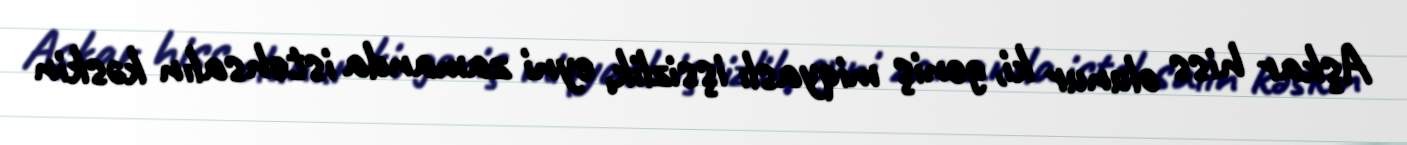
Aşkar hiss olunur ki, geniş miqyaslı işsizlik, eyni zamanda istehsalın kəskin